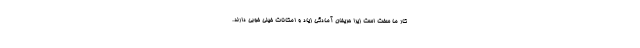
کار ما سخت است زیرا حریفان آمادگی زیاد و امکانات خیلی خوبی دارند.